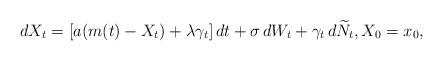
LaTeX: \begin{align*}dX_t=[a(m(t)-X_t)+\lambda \gamma_t]\,dt+\sigma \,dW_t+ \gamma_{t}\,d\widetilde N_t, X_0=x_0,\end{align*}